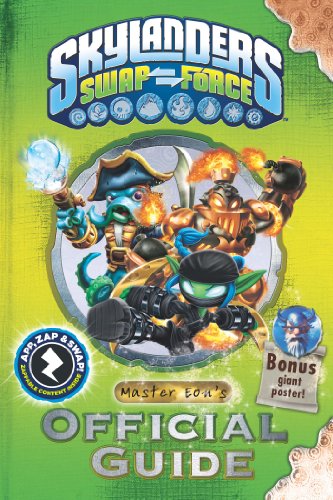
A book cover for Skylanders SWAP Force: Master Eon's Official Guide (Skylanders Universe); Activision Publishing  Inc.; Children's Books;